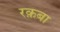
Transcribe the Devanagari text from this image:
रक़बा